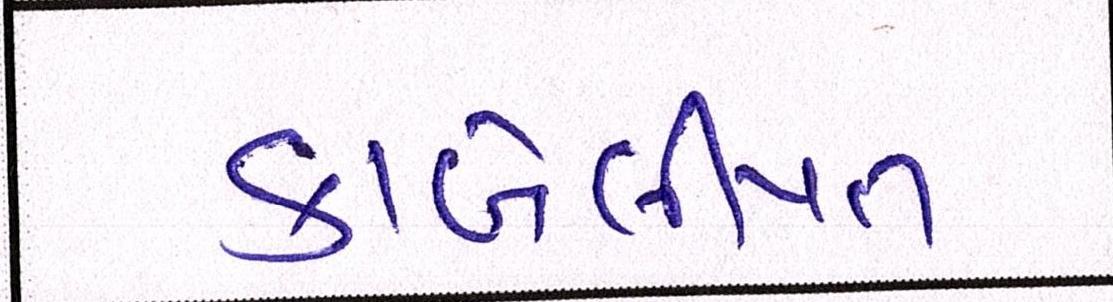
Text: કાબેલીયત